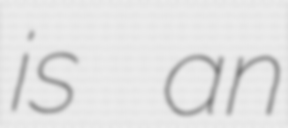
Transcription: is an